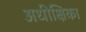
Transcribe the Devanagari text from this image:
अधीक्षिका